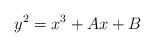
LaTeX: \begin{align*}y^2=x^3+Ax+B\end{align*}